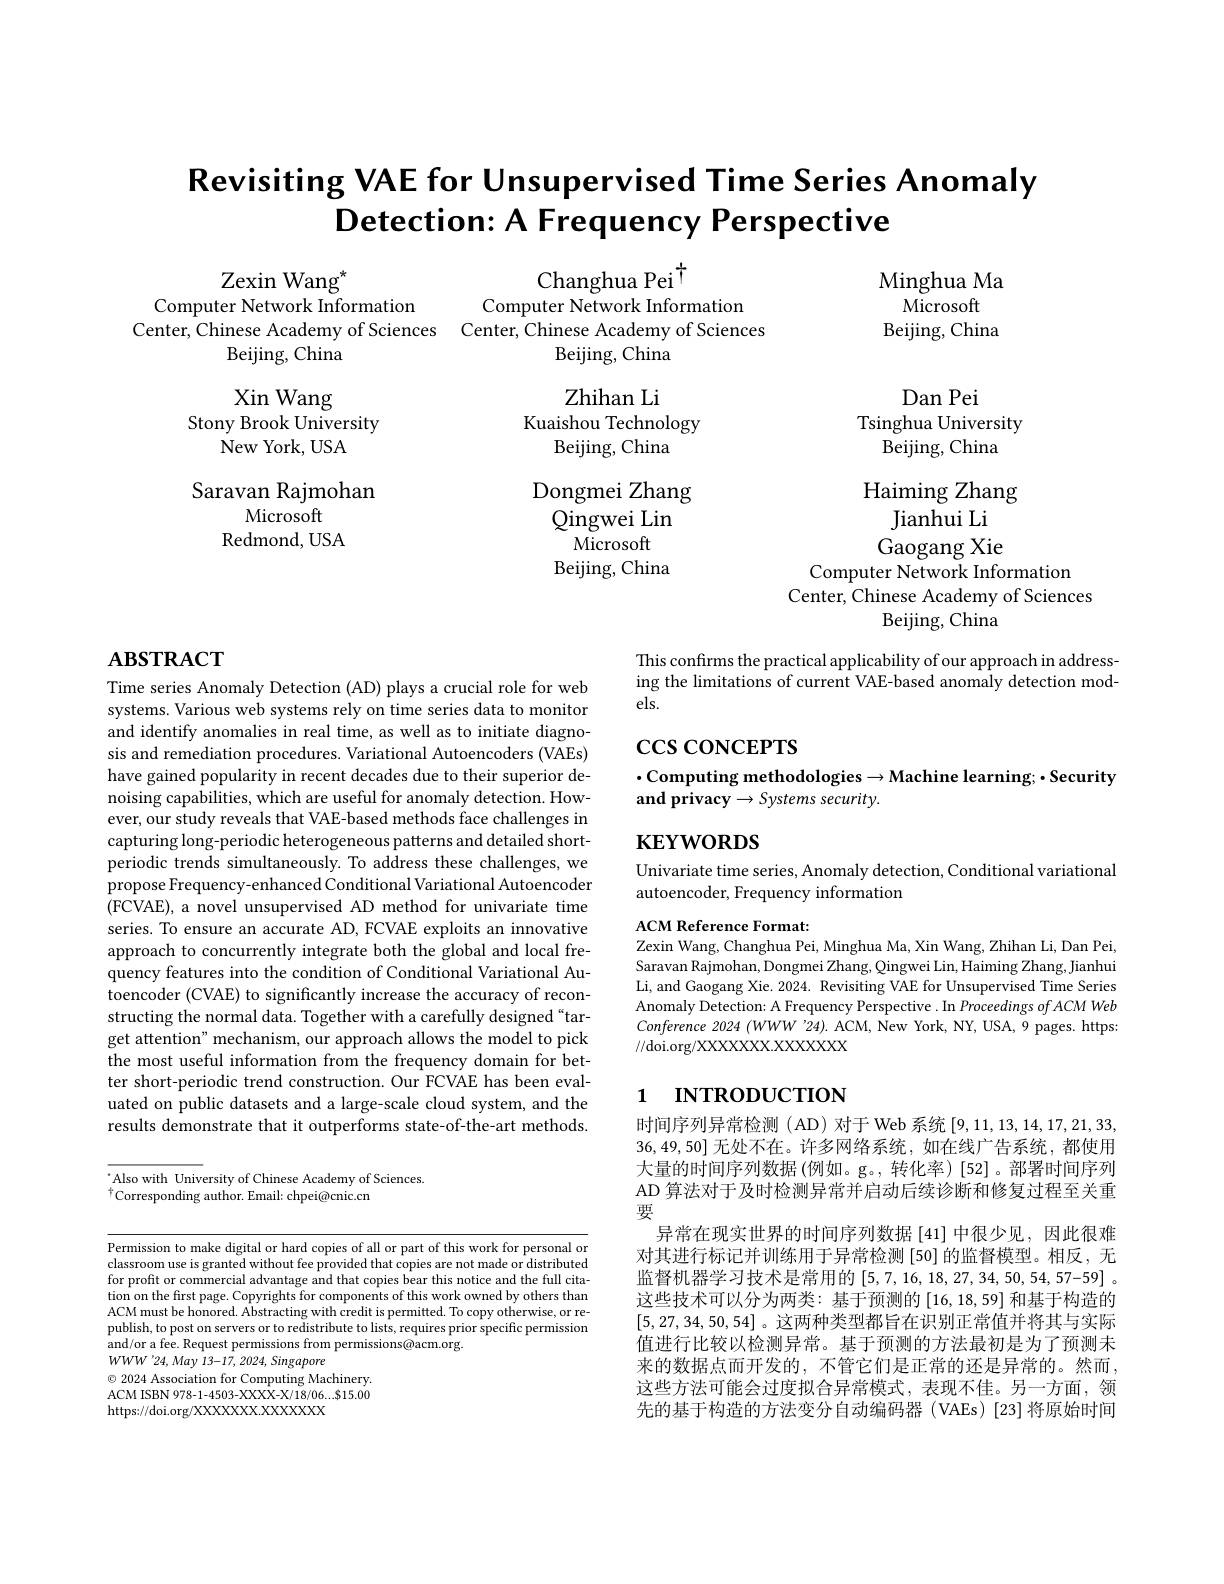
# Revisiting VAE for Unsupervised Time Series Anomaly $\textbf{Detection: A Frequency Perspective}$

Zexin Wang$^*$

Minghua Ma
Microsoft
Beijing, China

Changhua Pei $^{\dagger}$
Computer Network Information
Computer Network Information
Center, Chinese Academy of Sciences Center, Chinese Academy of Sciences
Beijing, China
Beijing, China

Zhihan Li

Xin Wang
Stony Brook University
New York, USA

Kuaishou Technology

Dan Pei
Tsinghua University
Beijing, China

Beijing, China

Dongmei Zhang

Haiming Zhang
Jianhui Li Gaogang Xie
Computer Network Information
Center, Chinese Academy of Sciences
Beijing, China

Saravan Rajmohan
Microsoft
Redmond, USA

Qingwei Lin

$\bar{\mathrm{Microsoft}}$

Beijing, China

# $\mathbf{ABSTRACT}$

This confirms the practical applicability of our approach in addressing the limitations of current VAE-based anomaly detection models.

$\csc\cos$coNCEPTS

$\cdot$Computing methodologies$\to$Machine learning;$\cdot$Security
and privacy$\to Systems$ security.

## $\mathbf{KEYWORDS}$

Univariate time series, Anomaly detection, Conditional variational
autoencoder, Frequency information

Time series Anomaly Detection (AD) plays a crucial role for web systems. Various web systems rely on time series data to monitor and identify anomalies in real time, as well as to initiate diagnosis and remediation procedures. Variational Autoencoders (VAEs) have gained popularity in recent decades due to their superior denoising capabilities, which are useful for anomaly detection. However, our study reveals that VAE-based methods face challenges in capturing long-periodic heterogeneous patterns and detailed shortperiodic trends simultaneously. To address these challenges, we propose Frequency-enhanced Conditional Variational Autoencoder (FCVAE), a novel unsupervised AD method for univariate time series. To ensure an accurate AD, FCVAE exploits an innovative approach to concurrently integrate both the global and local frequency features into the condition of Conditional Variational Autoencoder (CVAE) to significantly increase the accuracy of reconstructing the normal data. Together with a carefully designed“target attention" mechanism, our approach allows the model to pick the most useful information from the frequency domain for better short-periodic trend construction. Our FCVAE has been evaluated on public datasets and a large-scale cloud system, and the results demonstrate that it outperforms state-of-the-art methods.

ACM Reference Format:
Zexin Wang, Changhua Pei, Minghua Ma, Xin Wang, Zhihan Li, Dan Pei, Saravan Rajmohan, Dongmei Zhang, Qingwei Lin, Haiming Zhang, Jianhui Li, and Gaogang Xie. 2024. Revisiting VAE for Unsupervised Time Series Anomaly Detection: A Frequency Perspective. In Proceedings of ACM Web Conference 2024 (WWW'24). ACM, New York, NY, USA, 9 pages. https: //doi.org/XXXXXXX.XXXXXX

# 1 INTRODUCTION

Also with University of Chinese Academy of Sciences.
$^{\dagger}$Corresponding author. Email: chpei@cnic.cn

AD 算法对于及时检测异常并启动后续诊断和修复过程至关重
要

时间序列异常检测(AD)对于Web 系统[9,11,13,14,17,21,33, 36,49,50]无处不在。许多网络系统，如在线广告系统，都使用大量的时间序列数据 (例如。g。,转化率)[52]。部署时间序列
异常在现实世界的时间序列数据[41]中很少见，因此很难对其进行标记并训练用于异常检测[50]的监督模型。相反，无监督机器学习技术是常用的[5,7,16,18,27,34,50,54,57-59] 。这些技术可以分为两类：基于预测的[16,18,59]和基于构造的[5,27,34,50,54] 。这两种类型都旨在识别正常值并将其与实际值进行比较以检测异常。基于预测的方法最初是为了预测未来的数据点而开发的，不管它们是正常的还是异常的。然而， 这些方法可能会过度拟合异常模式，表现不佳。另一方面，领先的基于构造的方法变分自动编码器(VAEs)[23]将原始时间

Permission to make digital or hard copies of all or part of this work for personal or classroom use is granted without fee provided that copies are not made or distributed for profit or commercial advantage and that copies bear this notice and the full citation on the first page. Copyrights for components of this work owned by others than ACM must be honored. Abstracting with credit is permitted. To copy otherwise, or republish, to post on servers or to redistribute to lists, requires prior specific permission and/or a fee. Request permissions from permissions@acm.org
$WWW^{\prime}24,May13-17,2024,Singapore$
$\textcircled{\circ}$ 2024 Association for Computing Machinery. ACM ISBN 978-1-4503-XXXX-X/18/06...$15.00 https://doi.org/XXXXXXX.XXXXXX